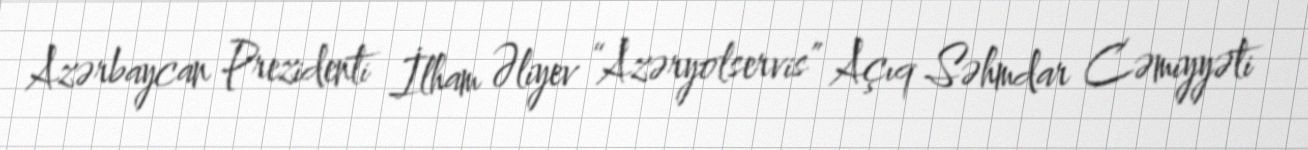
Azərbaycan Prezidenti İlham Əliyev “Azəryolservis” Açıq Səhmdar Cəmiyyəti